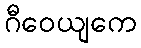
ဂီဝေယျကေ